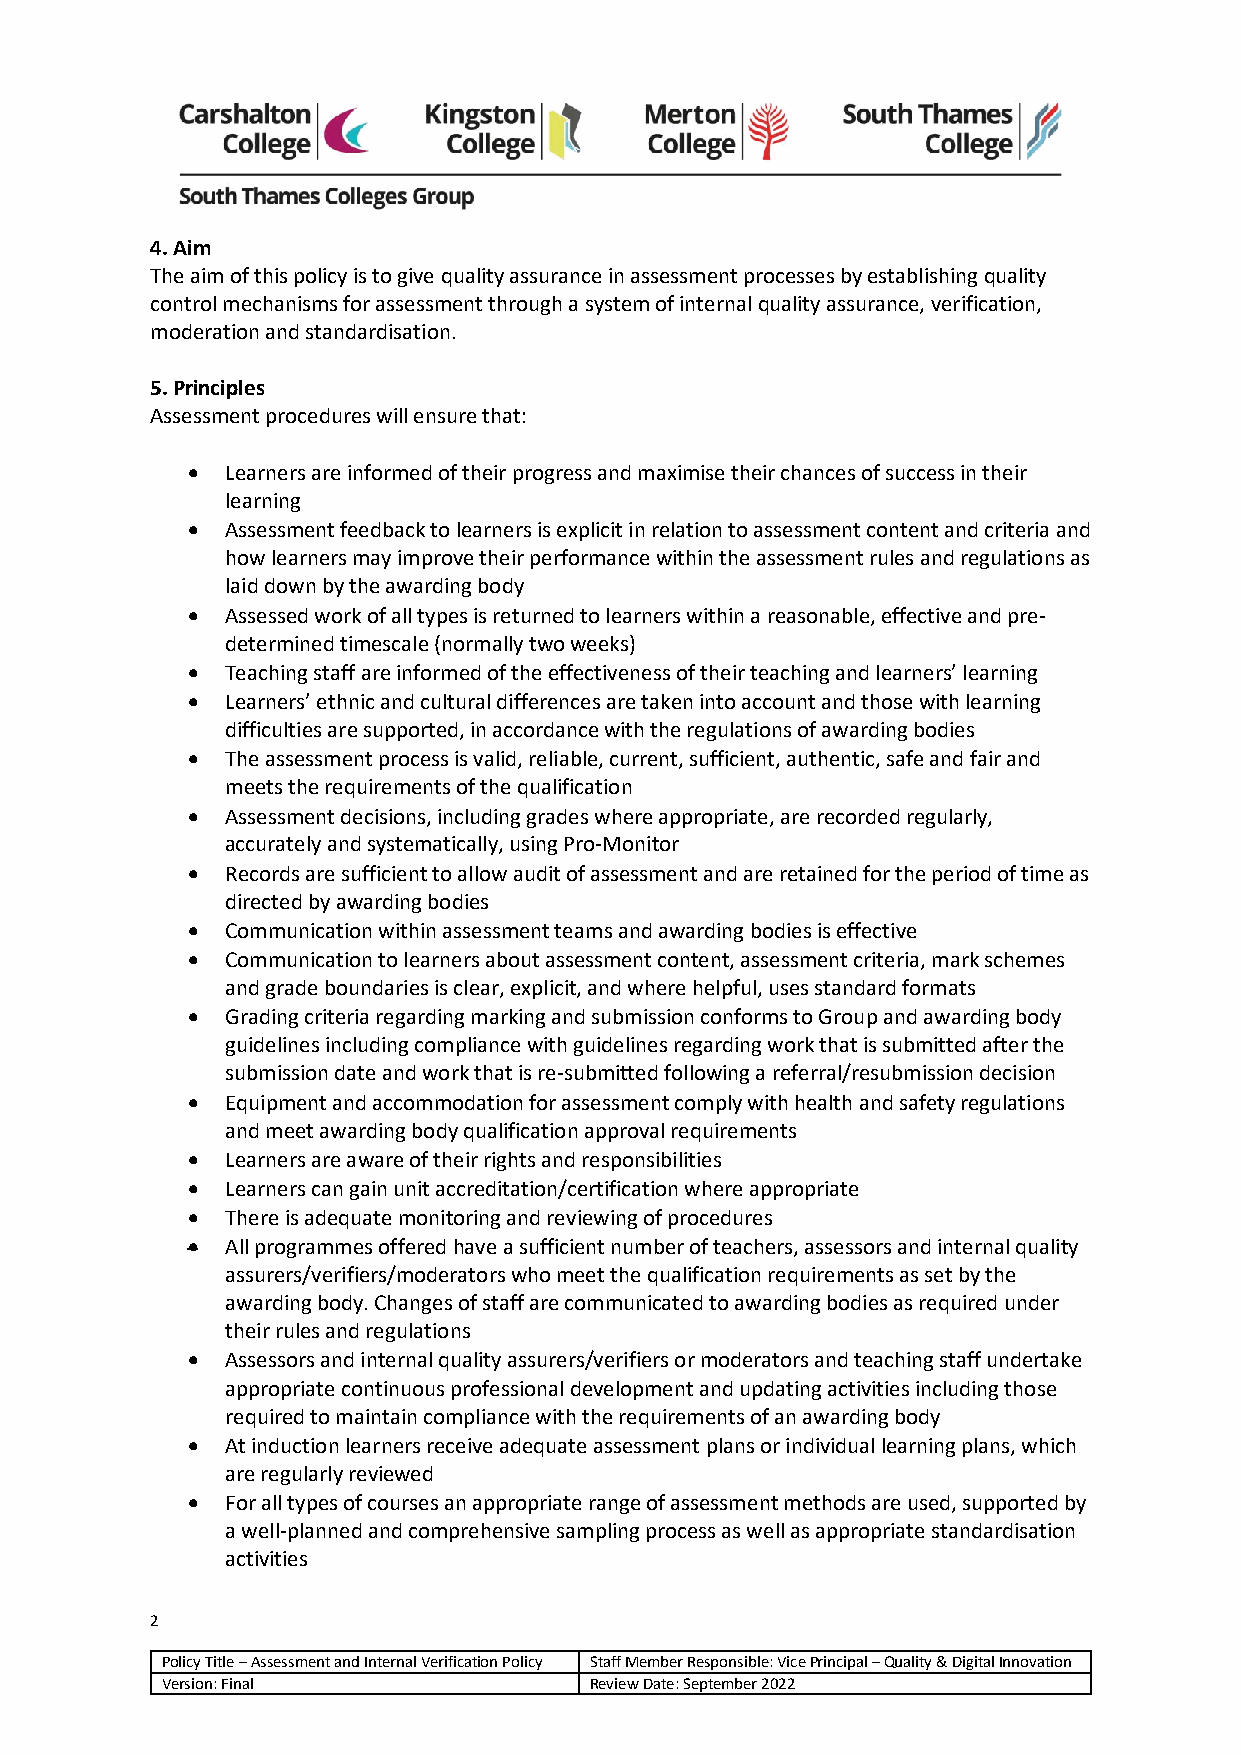
4. Aim
 The aim of this policy is to give quality assurance in assessment processes by establishing quality
 control mechanisms for assessment through a system of internal quality assurance, verification,
 moderation and standardisation.
 5. Principles
 Assessment procedures will ensure that:
 •  Learners are informed of their progress and maximise their chances of success in their
 learning
 •  Assessment feedback to learners is explicit in relation to assessment content and criteria and
 how learners may improve their performance within the assessment rules and regulations as
 laid down by the awarding body
 •  Assessed work of all types is returned to learners within a reasonable, effective and pre‐
 determined timescale (normally two weeks)
 •  Teaching staff are informed of the effectiveness of their teaching and learners’ learning
 •  Learners’ ethnic and cultural differences are taken into account and those with learning
 difficulties are supported, in accordance with the regulations of awarding bodies
 •  The assessment process is valid, reliable, current, sufficient, authentic, safe and fair and
 meets the requirements of the qualification
 •  Assessment decisions, including grades where appropriate, are recorded regularly,
 accurately and systematically, using Pro-Monitor
 •  Records are sufficient to allow audit of assessment and are retained for the period of time as
 directed by awarding bodies
 •  Communication within assessment teams and awarding bodies is effective
 •  Communication to learners about assessment content, assessment criteria, mark schemes
 and grade boundaries is clear, explicit, and where helpful, uses standard formats
 •  Grading criteria regarding marking and submission conforms to Group and awarding body
 guidelines including compliance with guidelines regarding work that is submitted after the
 submission date and work that is re‐submitted following a referral/resubmission decision
 •  Equipment and accommodation for assessment comply with health and safety regulations
 and meet awarding body qualification approval requirements
 •  Learners are aware of their rights and responsibilities
 •  Learners can gain unit accreditation/certification where appropriate
 •  There is adequate monitoring and reviewing of procedures
 •  All programmes offered have a sufficient number of teachers, assessors and internal quality
 assurers/verifiers/moderators who meet the qualification requirements as set by the
 awarding body. Changes of staff are communicated to awarding bodies as required under
 their rules and regulations
 •  Assessors and internal quality assurers/verifiers or moderators and teaching staff undertake
 appropriate continuous professional development and updating activities including those
 required to maintain compliance with the requirements of an awarding body
 •  At induction learners receive adequate assessment plans or individual learning plans, which
 are regularly reviewed
 •  For all types of courses an appropriate range of assessment methods are used, supported by
 a well-planned and comprehensive sampling process as well as appropriate standardisation
 activities
 2
 Policy Title – Assessment and Internal Verification Policy Staff Member Responsible: Vice Principal – Quality & Digital Innovation
 Version: Final              Review Date: September 2022